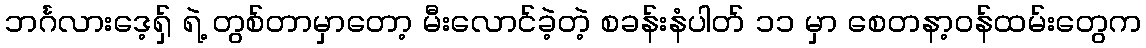
ဘင်္ဂလားဒေ့ရှ် ရဲ့ တွစ်တာမှာတော့ မီးလောင်ခဲ့တဲ့ စခန်းနံပါတ် ၁၁ မှာ စေတနာ့ဝန်ထမ်းတွေက